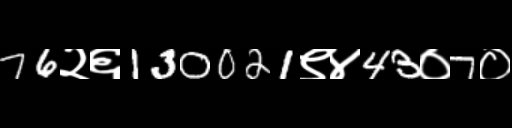
Text: 76२६130021९४43०7०